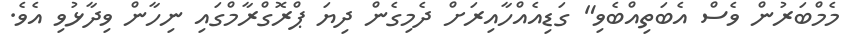
މެމްބަރުން ވެސް އެބަތިއްބެވި" ގަޑިއެއްހާއިރަށް ދެމިގެން ދިޔަ ޕްރޮގްރާމްގައި ނިހާން ވިދާޅުވި އެވެ.